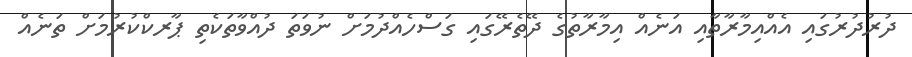
ދުރުދުރުގައި އެއްއިމާރާތާއި އަނެއް އިމާރާތުގެ ދޭތެރޭގައި ގަސްހެއްދުމަށް ނުވަތަ ދުއްވާތަކެތި ޕާރކްކުރުމަށް ތަނެއް